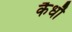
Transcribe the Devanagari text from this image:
कैधौ